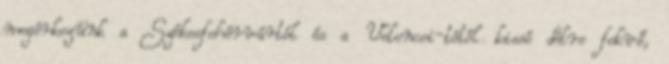
megérkezünk a Székesfehérvártól és a Velencei-tótól kissé délre fekvő,